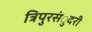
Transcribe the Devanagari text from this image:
त्रिपुरसंुदरी